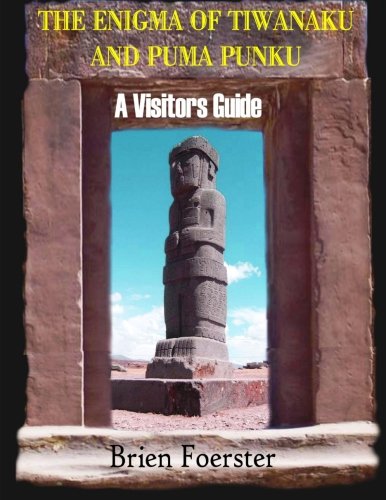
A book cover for The Enigma Of Tiwanaku And Puma Punku; A Visitors Guide; Brien Foerster; Travel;